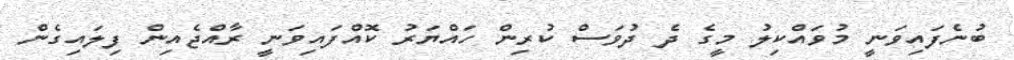
ބުނެފައިވަނީ މުވައްކިލު މީގެ ދެ ދުވަސް ކުރިން ހައްޔަރު ކޮއްފައިވަނީ ރާއްޖެއިން ފިލައިގެން